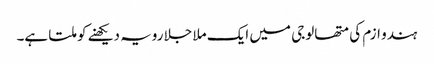
ہندو ازم کی متھالوجی میں‌ ایک ملا جلا رویہ دیکھنے کو ملتا ہے۔